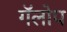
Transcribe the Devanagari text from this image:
गॅलोप